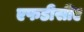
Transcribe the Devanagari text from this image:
एफडीसीए